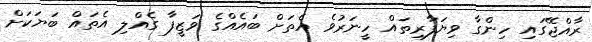
ރާއްޖޭގައި ހިންގާ ވިޔަފާރިތައް ހީނަރުވެ އެތަށް ބައެއްގެ ވަޒީފާ ގެއްލި އެތައް ބަޔަކަށް